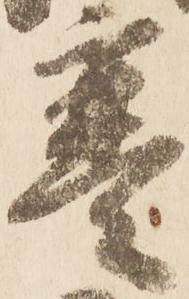
寒